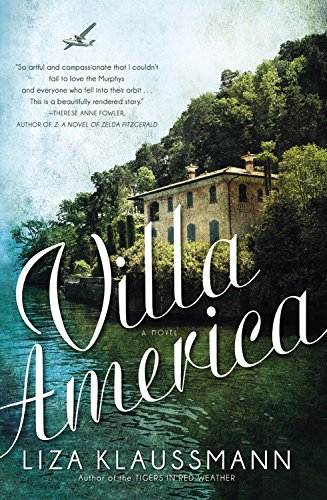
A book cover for Villa America: A Novel; Liza Klaussmann; Literature & Fiction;